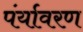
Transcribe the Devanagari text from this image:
पंर्यावरण